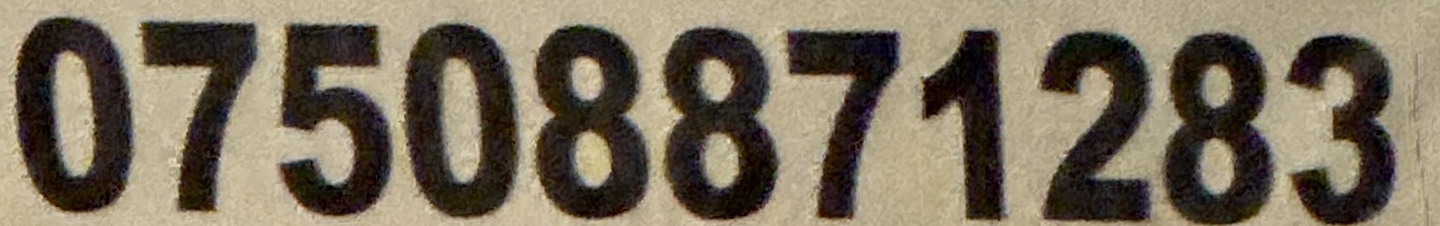
07508871283